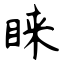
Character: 睐